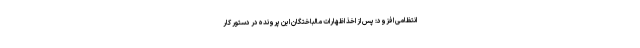
انتظامی افزود: پس از اخذ اظهارات مالباختگان این پرونده در دستور کار